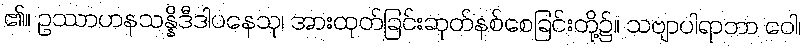
၏။ ဥဿာဟနသန္နိဒီဒါပနေသု၊ အားထုတ်ခြင်းဆုတ်နစ်စေခြင်းတို့၌။ သဗျာပါရာဘာ ဝေါ၊